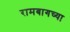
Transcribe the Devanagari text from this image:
रामबागच्या